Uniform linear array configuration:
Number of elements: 16
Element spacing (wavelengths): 0.5
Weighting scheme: binomial
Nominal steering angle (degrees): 45
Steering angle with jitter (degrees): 43.964
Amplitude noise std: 0.05
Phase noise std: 0.05

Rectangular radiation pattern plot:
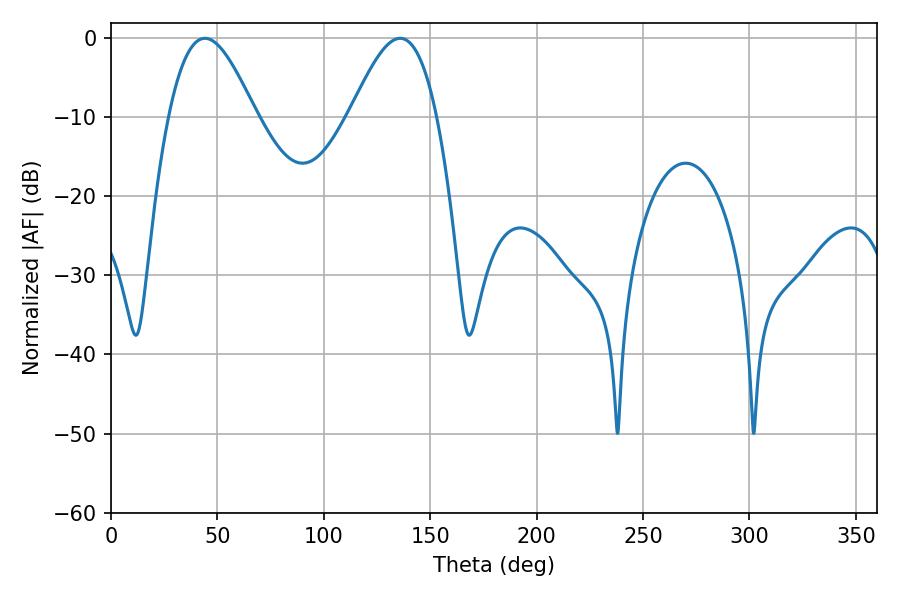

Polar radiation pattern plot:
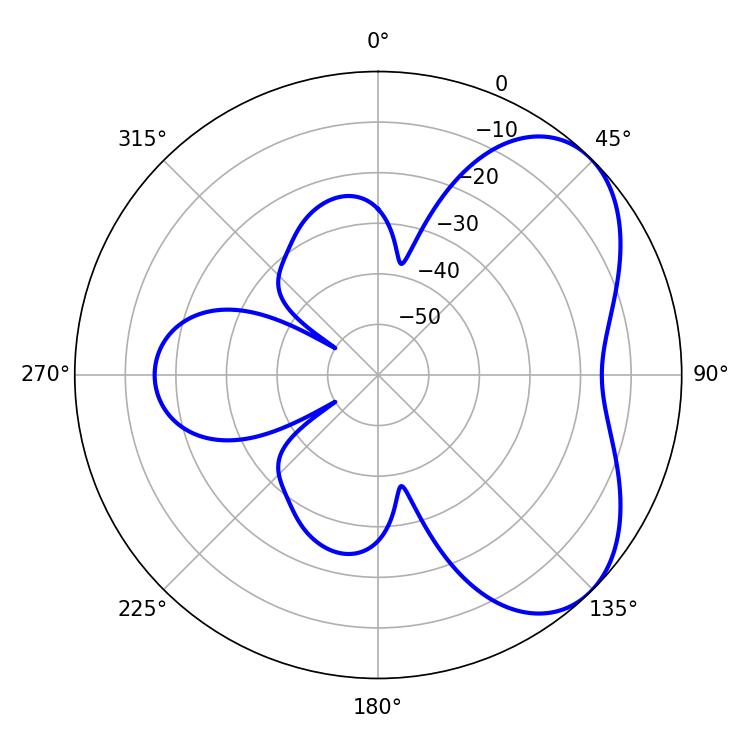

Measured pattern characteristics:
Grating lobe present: FALSE
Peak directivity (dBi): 5.203
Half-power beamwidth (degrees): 21.96
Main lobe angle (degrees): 44.1